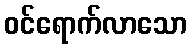
ဝင်ရောက်လာသော